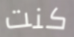
كنت